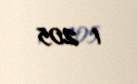
1 205